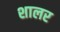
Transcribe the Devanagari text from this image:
शालर